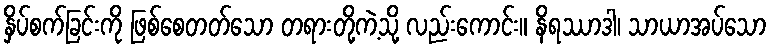
နှိပ်စက်ခြင်းကို ဖြစ်စေတတ်သော တရားတို့ကဲ့သို့ လည်းကောင်း။ နိရဿာဒါ၊ သာယာအပ်သော